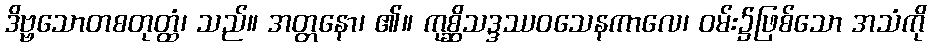
ဒိဗ္ဗသောတစတုတ္ထံ၊ သည်။ အတ္တနော၊ ၏။ ကုစ္ဆိသဒ္ဒဿဝသေနကာလေ၊ ဝမ်း၌ဖြစ်သော အသံကို